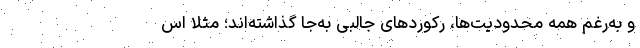
و به‌رغم همه محدودیت‌ها، رکوردهای جالبی به‌جا گذاشته‌اند؛ مثلا اس